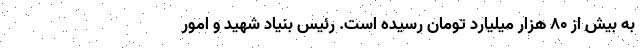
به بیش از ۸۰ هزار میلیارد تومان رسیده است. رئیس بنیاد شهید و امور